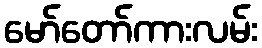
မော်တော်ကားလမ်း